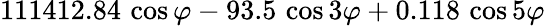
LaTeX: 111412.84\, \cos\varphi-93.5\, \cos 3\varphi+0.118\, \cos 5\varphi